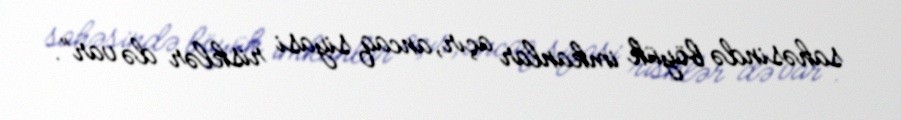
sahəsində böyük imkanlar açır, ancaq siyasi risklər də var”.